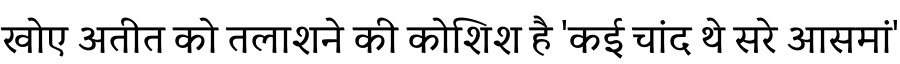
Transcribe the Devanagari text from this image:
खोए अतीत को तलाशने की कोशिश है 'कई चांद थे सरे आसमां'